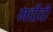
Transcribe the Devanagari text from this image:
मदीदी